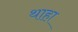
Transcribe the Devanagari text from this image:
थाहा